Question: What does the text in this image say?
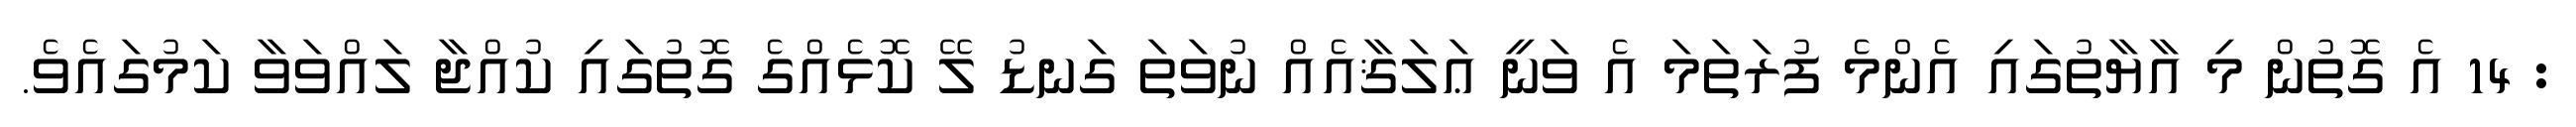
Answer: : 14 އެ ގޮތުން މި އާޔާތުގައި އެންމެ ފުރަތަމަ އެ ވަނީ ޢަލަޤާއެއް ނުވަތަ ގަނޑު ލޭ ކޮޅެއްގެ ގޮތުގައި ކުއްޖާ ލައްވަވާ ކަމުގައެވެ.